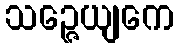
သဉ္ဇေယျကေ